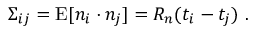
\Sigma _ { i j } = \mathrm { E } [ n _ { i } \cdot n _ { j } ] = R _ { n } ( t _ { i } - t _ { j } ) \ .